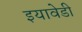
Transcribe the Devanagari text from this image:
इयावेडी